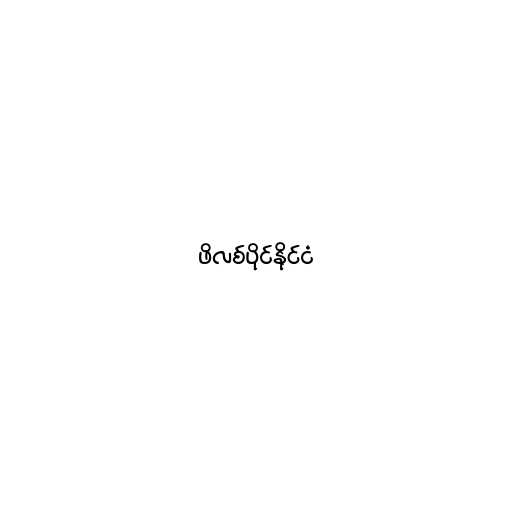
ဖိလစ်ပိုင်နိုင်ငံ